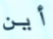
أين